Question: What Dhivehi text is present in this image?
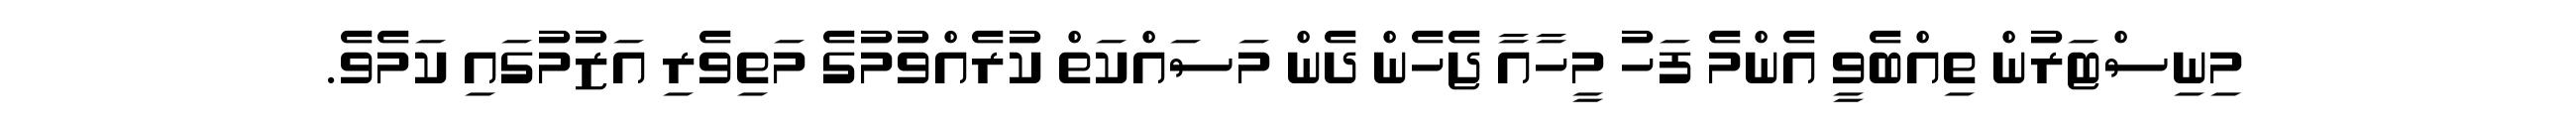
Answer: މިނިސްޓަރުން ތިއްބެވީ އެންމެ ފަހު މީހާއާ ޖެހެން ދެން މަސައްކަތް ކުރެއްވުމުގެ މަތިވެރި އަޒުމުގައި ކަމެވެ.